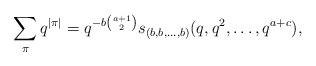
LaTeX: \begin{align*} \sum_\pi q^{\vert\pi\vert}=q^{-b\binom {a+1}2}s_{(b,b,\dots,b)}(q,q^2,\dots,q^{a+c}),\end{align*}